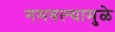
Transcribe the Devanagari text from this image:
गमवल्यामुळे